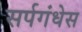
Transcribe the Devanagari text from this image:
सर्पगंधेस